Indian journal of veterinary science and animal husbandry - Volume 8,
Year: 1938
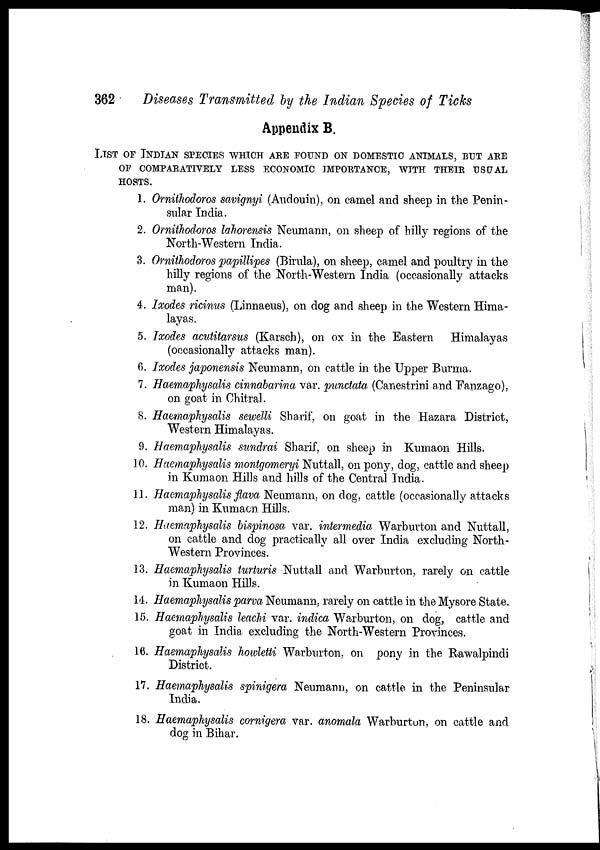
362
Diseases Transmitted by the Indian Species of Ticks
Appendix B.
LIST OF INDIAN SPECIES WHICH ARE FOUND ON DOMESTIC ANIMALS, BUT AR
OF COMPARATIVELY LESS ECONOMIC IMPORTANCE, WITH THEIR USUAL
HOSTS.
1. Ornithodoros savignyi (Audouin), on camel and sheep in the Penin-
sular India.
2. Ornithodoros lahorensis Neumann, on sheep of hilly regions of the
North-Western India.
3. Ornithodoros papillipes (Birula), on sheep, camel and poultry in the
hilly regions of the North-Western India (occasionally attacks
man).
4. Ixodes ricinus (Linnaeus), on dog and sheep in the Western Hima-
layas.
5. Ixodes acutitarsus (Karsch), on ox in the Eastern
Himalayas
(occasionally attacks man).
6. Ixodes japonensis Neumann, on cattle in the Upper Burma.
7. Haemaphysalis cinnabarina var. punctata, (Canestrini and Fanzago),
on goat in Chitral.
8. Haemaphysalis sewelli Sharif, on goat in the Hazara District,
Western Himalayas.
9. Haemaphysalis sundrai Sharif, on sheep in Kumaon Hills.
10. Haemaphysalis montgomeryi Nuttall, on pony, dog, cattle and sheep
in Kumaon Hills and hills of the Central India.
11. Haemaphysalis flava Neumann, on dog, cattle (occasionally attacks
man) in Kumaon Hills.
12. Haemaphysalis bispinosa var. intermedia Warburton and Nuttall,
on cattle and dog practically all over India excluding North-
-estern Provinces.
13. Haemaphysalis turturis Nuttall and Warburton, rarely on cattle
in Kumaon Hills.
14. Haemaphysalis parva Neumann, rarely on cattle in the Mysore State.
15. Haemaphysalis leachi var. indica Warburton, on dog, cattle and
goat in India excluding the North-Western Provinces.
16. Haemaphysalis howletti Warburton, on pony in the Rawalpindi
District.
17. Haemaphysalis spinigera Neumann, on cattle in the Peninsular
India.
18. Haemaphysalis cornigera var. anomala Warburton, on cattle and
dog in Bihar.